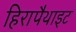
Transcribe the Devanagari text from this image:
हिरापैथाइट